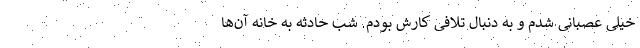
خیلی عصبانی شدم و به دنبال تلافی کارش بودم. شب حادثه به خانه آن‌ها